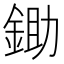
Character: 鋤